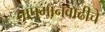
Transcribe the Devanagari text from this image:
तापमानवाढीचे